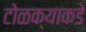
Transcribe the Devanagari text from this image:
टोळक्याकडे